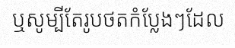
ឬសូម្បីតែរូបថតកំប្លែងៗដែល